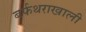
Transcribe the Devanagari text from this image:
बर्फथराखाली